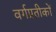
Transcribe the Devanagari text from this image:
वर्गप्रतीकों